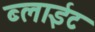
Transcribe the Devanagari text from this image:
ब्लाईट